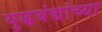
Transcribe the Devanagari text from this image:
युद्धवंद्यांच्या